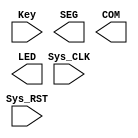

`define SYSTEM_CLOCK_SPEED 50000000
module tubeControl(
input Sys_CLK,
input Sys_RST,
input [1:0]Key,
output  [7:0]SEG,
output  [1:0]COM,
output [3:0]LED
);
/* keep_syn=1 */
wire [1:0]stableKey;
wire [3:0]tDisplayData;

//keyStabilizer#(.relaxTimeInMs(50))U1(
//    .sysClk(Sys_CLK),
//    .sysRst(Sys_RST),
//    .rawKey(Key),
//    .stableKey(stableKey));
//
//dataGenerator dG2(
//    .sysRst(Sys_RST),
//    .key(stableKey),
//    .data(tDisplayData));
//
//condMux cM0(
//    .data(tDisplayData),
//    .selOut(COM)
//);
//
//digitDecoder dD0(
//    .data(tDisplayData),
//    .HEX(SEG));

assign LED = tDisplayData;

endmodule